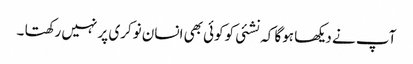
آپ نے دیکھا ہوگا کہ نشئی کوکوئی بھی انسان نوکری پر نہیں رکھتا ۔